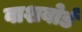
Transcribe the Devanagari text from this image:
वाशबोर्ड